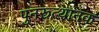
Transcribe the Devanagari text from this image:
पुनरूत्थानक